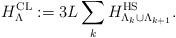
LaTeX: \begin{align*}H_{\Lambda}^{\textnormal{CL}}:=3L\sum_{k}H_{\Lambda_k\cup\Lambda_{k+1}}^{\textnormal{HS}}.\end{align*}